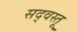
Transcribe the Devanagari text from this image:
सद्‌वस्तू